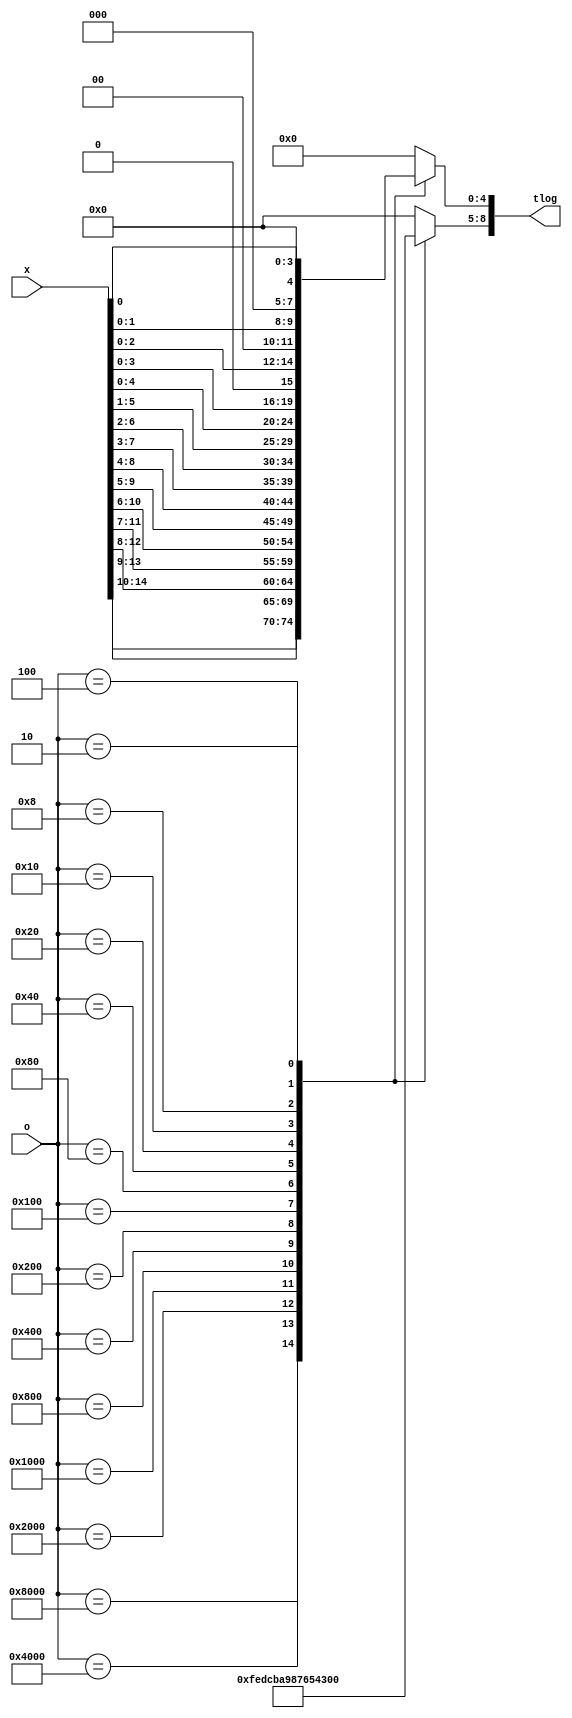
/* truncated BLC, binary-logarithm converter */

module TBLC_11
#(parameter
    M     = 11
)
(
    input  wire [15:0] o,
    input  wire [15:0] x,
    
    output wire  [16+3-1-M+1:0] tlog /* truncated logarithm, M=11, tlog[8:0] */
);
    reg [ 3:0] k;
    reg [16-1-M-1+1:0] y; /* M=11, y[4:0] */
    assign tlog = {k, y};

    always@(*)
    begin
        case (o)
            /*1.*/
            16'b1000_0000_0000_0000: begin
                k = 4'b1111;
                y = x[14:10];
            end
            16'b0100_0000_0000_0000: begin
                k = 4'b1110;
                y = x[13: 9];
            end
            16'b0010_0000_0000_0000: begin
                k = 4'b1101;
                y = x[12: 8];
            end
            16'b0001_0000_0000_0000: begin
                k = 4'b1100;
                y = x[11: 7];
            end
            /*2.*/
            16'b0000_1000_0000_0000: begin
                k = 4'b1011;
                y = x[10: 6];
            end
            16'b0000_0100_0000_0000: begin
                k = 4'b1010;
                y = x[ 9: 5];
            end
            16'b0000_0010_0000_0000: begin
                k = 4'b1001;
                y = x[ 8: 4];
            end
            16'b0000_0001_0000_0000: begin
                k = 4'b1000;
                y = x[ 7: 3];
            end
            /*3.*/
            16'b0000_0000_1000_0000: begin
                k = 4'b0111;
                y = x[ 6: 2];
            end
            16'b0000_0000_0100_0000: begin
                k = 4'b0110;
                y = x[ 5: 1];
            end
            16'b0000_0000_0010_0000: begin
                k = 4'b0101;
                y = x[ 4: 0];
            end
            16'b0000_0000_0001_0000: begin
                k = 4'b0100;
                y = {x[3:0], 1'b0};
            end
            /*4.*/
            16'b0000_0000_0000_1000: begin
                k = 4'b0011;
                y = {x[2:0], 2'b0};
            end
            16'b0000_0000_0000_0100: begin
                k = 4'b0010;
                y = {x[1:0], 3'b0};
            end
            16'b0000_0000_0000_0010: begin
                k = 4'b0001;
                y = {x[0]  , 4'b0};
            end
            16'b0000_0000_0000_0001: begin
                k = 4'b0000;
                y = 5'b0  ;
            end
            default: begin
                k = 4'b0000;
                y = 5'b0  ;
            end
        endcase
    end
    
    


endmodule